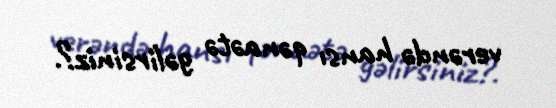
verəndə hansı qənaətə gəlirsiniz?.